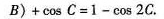
B)+\cos C=1-\cos 2C$$。